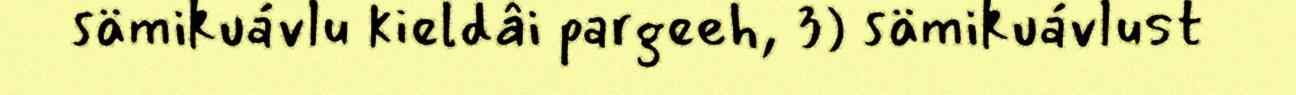
sämikuávlu kieldâi pargeeh, 3) sämikuávlust